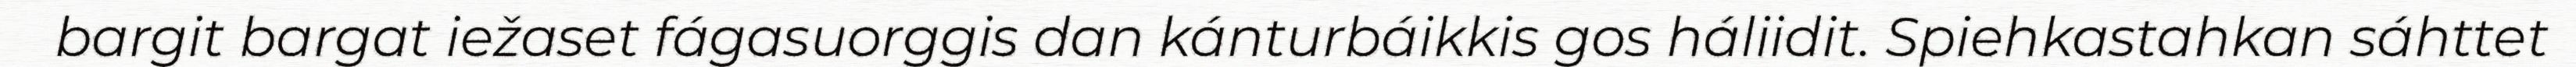
bargit bargat iežaset fágasuorggis dan kánturbáikkis gos háliidit. Spiehkastahkan sáhttet